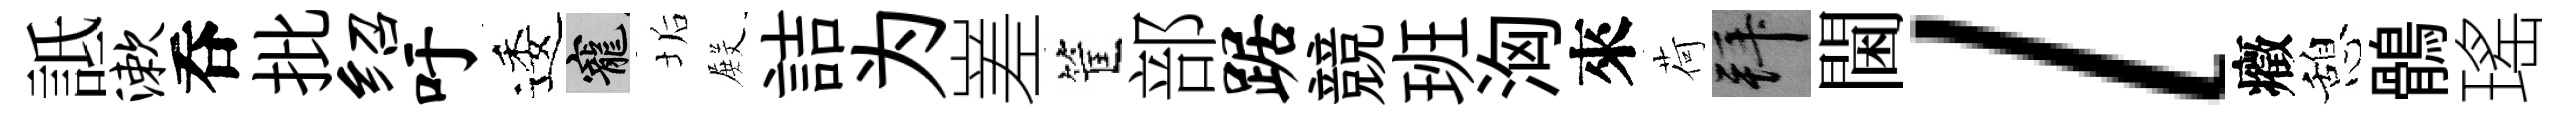
詆漱呑批绍吁逶寵垢𭮺詰为嵳筐部踞競班洶來荷拜閫l癥憩鶻瑤